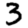
Digit: 3